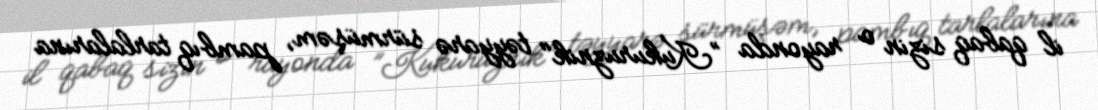
il qabaq sizin o rayonda ”Kukuruznik" təyyarə sürmüşəm, pambıq tarlalarına